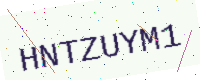
Text: HNTZUYM1